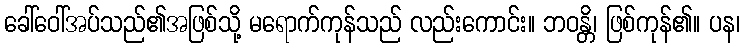
ခေါ်ဝေါ်အပ်သည်၏အဖြစ်သို့ မရောက်ကုန်သည် လည်းကောင်း။ ဘဝန္တိ၊ ဖြစ်ကုန်၏။ ပန၊